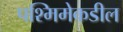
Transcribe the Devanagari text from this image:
पश्मिमेकडील